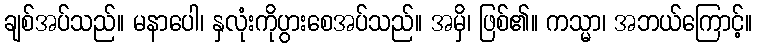
ချစ်အပ်သည်။ မနာပေါ၊ နှလုံးကိုပွားစေအပ်သည်။ အမှိ၊ ဖြစ်၏။ ကသ္မာ၊ အဘယ်ကြောင့်။